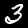
Label: 3